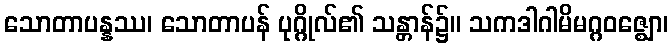
သောတာပန္နဿ၊ သောတာပန် ပုဂ္ဂိုလ်၏ သန္တာန်၌။ သကဒါဂါမိမဂ္ဂဝဇ္ဈော၊